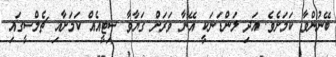
ބޭނުންވާ ކަމަށެވެ. އަދި ލަންޑަނަކީ އޭނާ ވަރަށް ގަޔާވާ ސިޓީއެއް ކަމަށާއި ޗެލްސީގައި